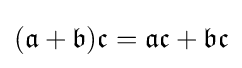
({\mathfrak {a}}+{\mathfrak {b}}){\mathfrak {c}}={\mathfrak {a}}{\mathfrak {c}}+{\mathfrak {b}}{\mathfrak {c}}